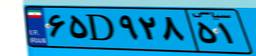
۵۳D۹۰۹۰۰